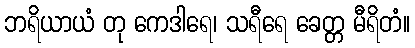
ဘရိယာယံ တု ကေဒါရေ၊ သရီရေ ခေတ္တ မီရိတံ။